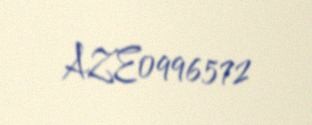
AZE0996572